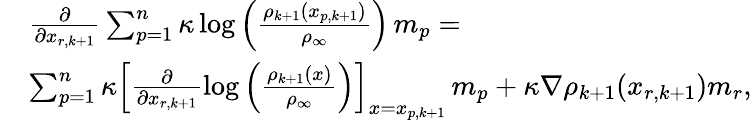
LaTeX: \begin{array}{rl}&{\frac{\partial}{\partial x_{r,k+1}}\sum_{p=1}^{n}\kappa\log\Big(\frac{\rho_{k+1}(x_{p,k+1})}{\rho_{\infty}}\Big)\, m_{p}=}\\ &{\sum_{p=1}^{n}\kappa\Big[\frac{\partial}{\partial x_{r,k+1}}\log\Big(\frac{\rho_{k+1}(x)}{\rho_{\infty}}\Big)\Big]_{x=x_{p,k+1}}\, m_{p}+\kappa\nabla\rho_{k+1}(x_{r,k+1})m_{r},}\end{array}